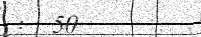
:  50